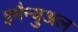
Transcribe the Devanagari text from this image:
इमैन्युअल